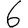
Digit: 6